65_HS1-834228961_62-HQ-83894_Section_9
Agency: FBI
Page 154
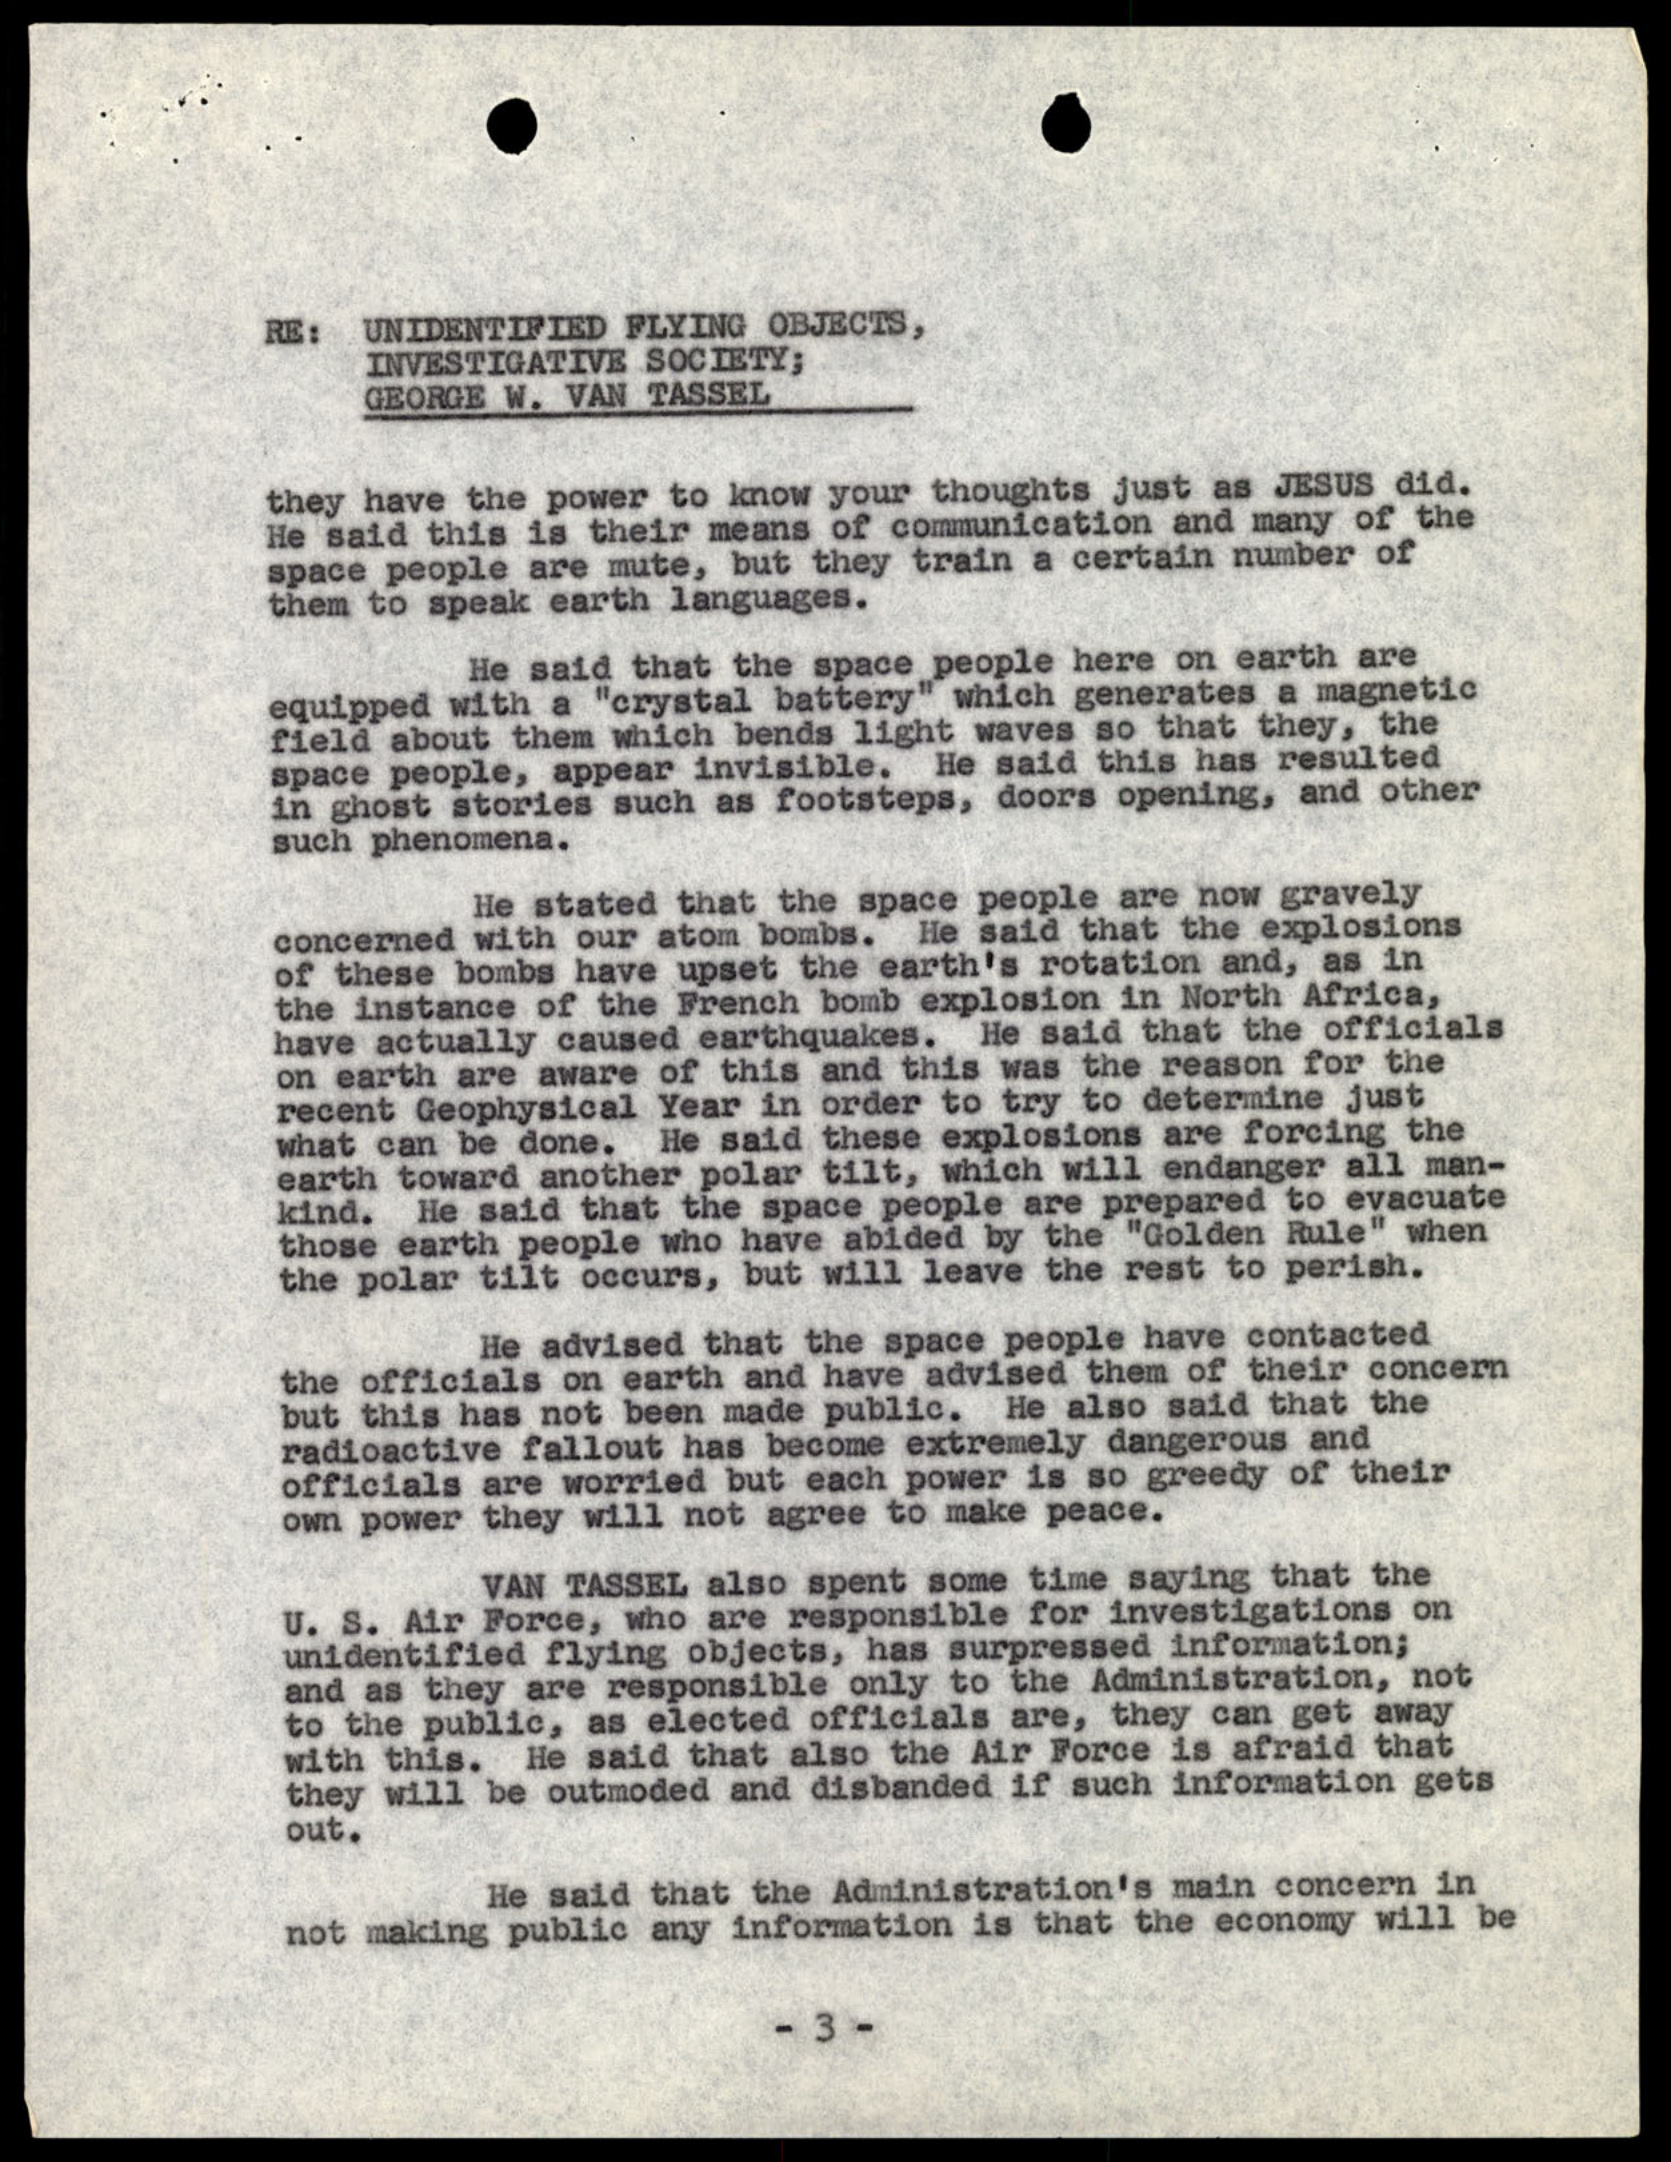